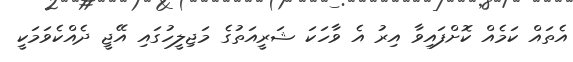
އެތައް ކަމެއް ކޮށްފައިވާ އިރު އެ ވާހަކަ ޝަރީއަތުގެ މަޖިލީހުގައި އޭޖީ ދެއްކެވަމަކީ